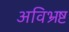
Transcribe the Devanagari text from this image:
अविभ्रष्ट